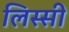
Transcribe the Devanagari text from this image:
लिस्सी